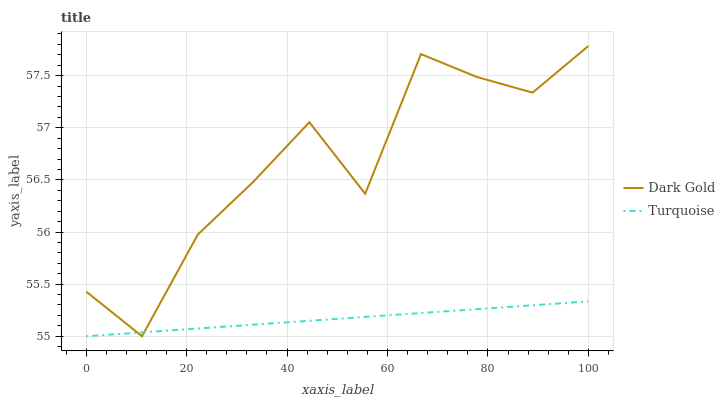
| xaxis_label | Dark Gold | Turquoise |
 | --- | --- | --- |
 | 0 | 55.4 | 55 |
 | 11.1 | 55 | 55 |
 | 22.2 | 56 | 55.1 |
 | 33.3 | 56.5 | 55.1 |
 | 44.4 | 57.1 | 55.1 |
 | 55.6 | 56.4 | 55.2 |
 | 66.7 | 57.7 | 55.2 |
 | 77.8 | 57.5 | 55.3 |
 | 88.9 | 57.3 | 55.3 |
 | 100 | 57.8 | 55.3 |